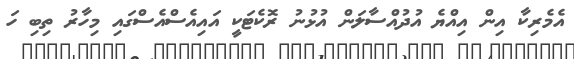
އެމެރިކާ އިން އިއްޔެ އުދުއްސާލަން އުޅުނު ރޮކެޓަކީ އައިއެސްއެސްގައި މިހާރު ތިބި ހަ